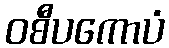
ဝစီပကောပံ